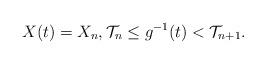
LaTeX: \begin{align*}X(t) = X_n, \mathcal{T}_n \leq g^{-1}(t) < \mathcal{T}_{n+1}.\end{align*}